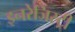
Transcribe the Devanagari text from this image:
इनरेजिस्ट्री